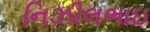
નિઝીલભાઇ